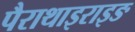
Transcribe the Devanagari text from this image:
पैराथाइराइङ